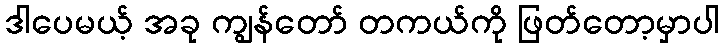
ဒါပေမယ့် အခု ကျွန်တော် တကယ်ကို ဖြတ်တော့မှာပါ